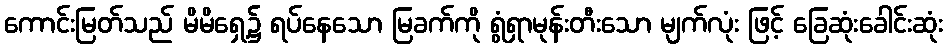
ကောင်းမြတ်သည် မိမိရှေ့၌ ရပ်နေသော မြခက်ကို ရွံရှာမုန်းတီးသော မျက်လုံး ဖြင့် ခြေဆုံးခေါင်းဆုံး